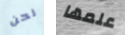
نحن علمها